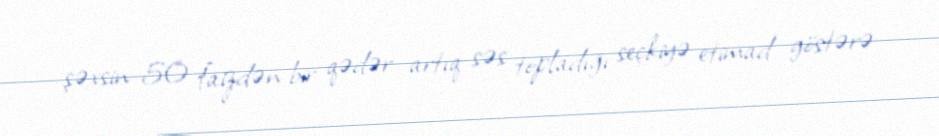
şəxsin 50 faizdən bir qədər artıq səs topladığı seçkiyə etimad göstərə